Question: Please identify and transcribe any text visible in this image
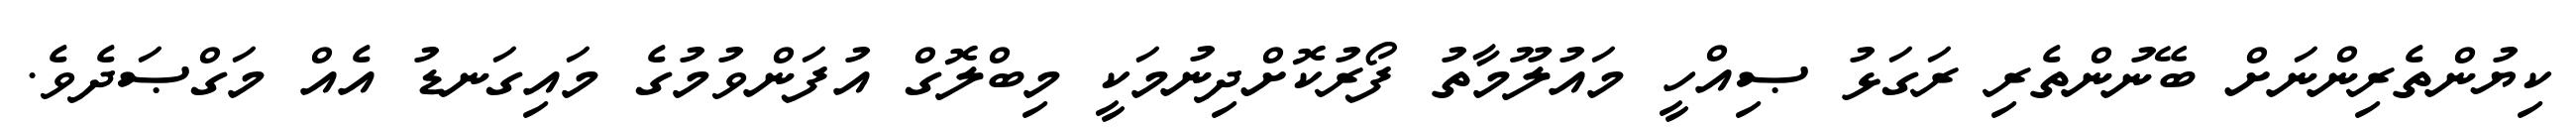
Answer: ކިޔުންތެރިންނަށް ބޭނުންތެރި ރަގަޅު ޞިއްހީ މައުލޫމާތު ފޯރުކޮށްދިނުމަކީ މިބްލޮގް އުފަންވުމުގެ މައިގަނޑު އެއް މަގްޞަދެވެ.